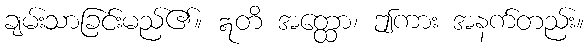
ချမ်းသာခြင်းမည်၏။ ဣတိ အတ္ထော၊ ဤကား အနက်တည်း။